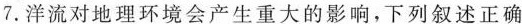
7.洋流对地理环境会产生重大的影响，下列叙述正确